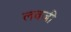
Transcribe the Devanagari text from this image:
लवजी